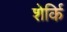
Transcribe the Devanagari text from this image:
शेर्कि